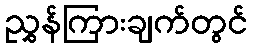
ညွှန်ကြားချက်တွင်